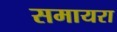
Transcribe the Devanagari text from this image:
समायरा